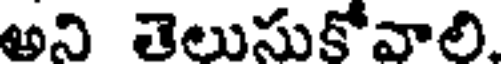
అని తెలుసుకోవాలి.